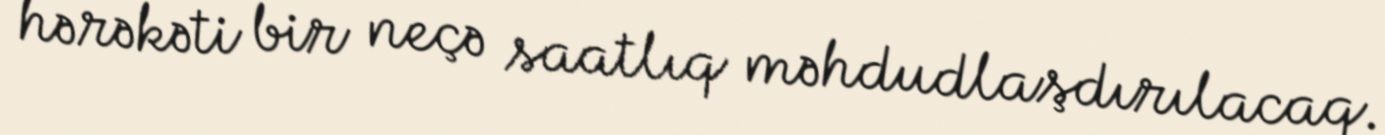
hərəkəti bir neçə saatlıq məhdudlaşdırılacaq.